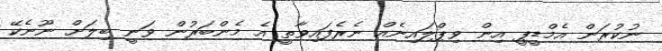
ނުކުރަން އެމްޑީޕީ އިން ވިޕްލައިނެއް ނެރެފައިވާތީ އެ މެންބަރުން ވަނީ ބިލަށް ނޫނެކޭ